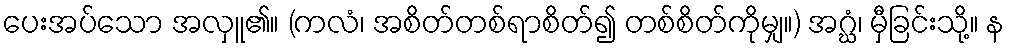
ပေးအပ်သော အလှူ၏။ (ကလံ၊ အစိတ်တစ်ရာစိတ်၍ တစ်စိတ်ကိုမျှ။) အဂ္ဃံ၊ မှီခြင်းသို့။ န